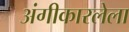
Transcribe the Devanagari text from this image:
अंगीकारलेला